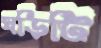
ঘড়িটি